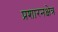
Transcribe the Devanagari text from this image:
प्रशारनक्षेत्र